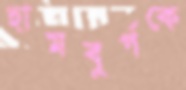
হামবুর্গকে